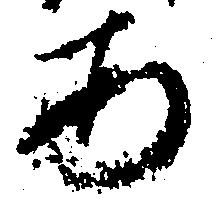
あ